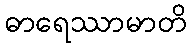
ဓာရေဿာမာတိ